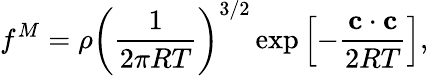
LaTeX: f^{M}=\rho\left(\frac{1}{2\pi RT}\right)^{3/2}\exp\left[-\frac{\mathbf c\cdot\mathbf c}{2RT}\right],